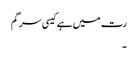
رت میں ہے کیسی سرگم
۔